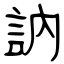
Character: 訥